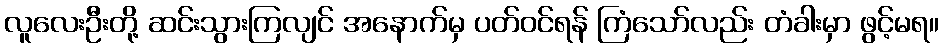
လူလေးဦးတို့ ဆင်းသွားကြလျင် အနောက်မှ ပတ်ဝင်ရန် ကြံသော်လည်း တံခါးမှာ ဖွင့်မရ။